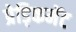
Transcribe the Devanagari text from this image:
प्रेड़िकमेंट